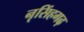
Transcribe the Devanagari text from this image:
नृसिंहगढ़